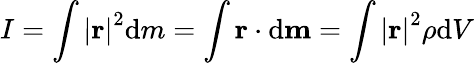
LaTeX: I=\int\left|\mathbf{r}\right|^{2}\mathrm{d}m=\int\mathbf{r}\cdot\mathrm{d}\mathbf{m}=\int\left|\mathbf{r}\right|^{2}\rho\mathrm{d}V